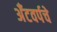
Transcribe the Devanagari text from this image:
अँटवर्पचे